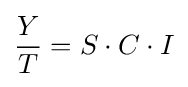
{\frac {Y}{T}}=S\cdot C\cdot I